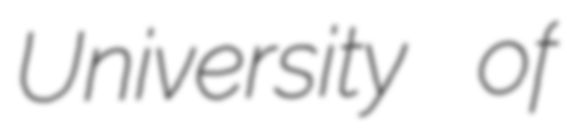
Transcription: University of